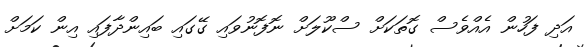
އަދި ފަހުން އެއްވެސް ގޮތަކަށް ސްކޫލަށް ނޮފޮނުވައި ގޭގައި ބައިންދާފައި އިން ކަމަށް